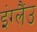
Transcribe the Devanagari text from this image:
इंग्लैंउ